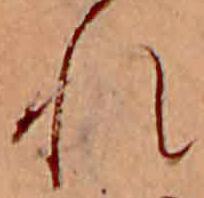
れ